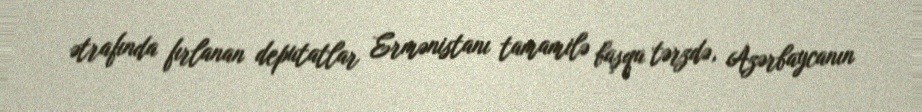
ətrafında fırlanan deputatlar Ermənistanı tamamilə başqa tərzdə, Azərbaycanın